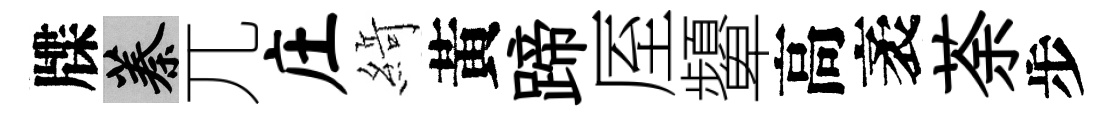
牒蓁兀庄𦂶黃蹄厔顰高袤荼步